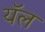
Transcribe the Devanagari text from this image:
यॅल